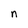
Character: n